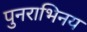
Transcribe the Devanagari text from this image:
पुनराभिनय